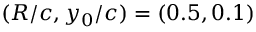
( R / c , y _ { 0 } / c ) = ( 0 . 5 , 0 . 1 )